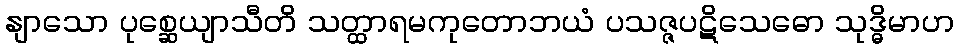
နျာသော ပုစ္ဆေယျာသီတိ သတ္ထာရမကုတောဘယံ ပသဇ္ဇပဋိသေဓော သုဒ္ဓိမာဟ